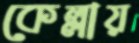
কেল্লায়